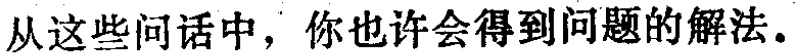
从这些问话中，你也许会得到问题的解法。